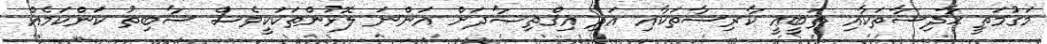
މަގުމަތީ ޙާދިސާތަކާއި ޠަބީޢީ ކާރިސާތަކާއި އަދި އިޤްތިޞާދަށް އަންނަ ލޮޅުންތަކަކީވެސް ސާބިތު ކަންކަމެއް